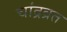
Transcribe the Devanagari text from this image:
चांद्रव्रत